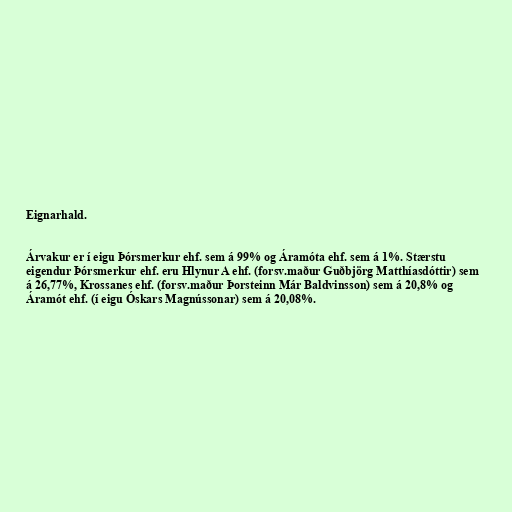
Eignarhald.

Árvakur er í eigu Þórsmerkur ehf. sem á 99% og Áramóta ehf. sem á 1%. Stærstu
eigendur Þórsmerkur ehf. eru Hlynur A ehf. (forsv.maður Guðbjörg Matthíasdóttir) sem
á 26,77%, Krossanes ehf. (forsv.maður Þorsteinn Már Baldvinsson) sem á 20,8% og
Áramót ehf. (í eigu Óskars Magnússonar) sem á 20,08%.